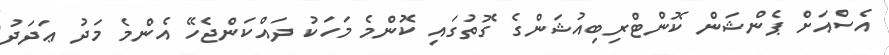
އެސްއަށް ޕެންޝަން ކޮންޓްރިބިއުޝަންގެ ގޮތުގައި ކޮންމެ މަހަކު ދައްކަންޖެހޭ އެންމެ މަދު ޢަދަދު